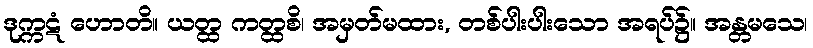
ဒုက္ကဋံ ဟောတိ။ ယတ္ထ ကတ္ထစိ၊ အမှတ်မထား, တစ်ပါးပါးသော အရပ်၌။ အန္တမသေ၊